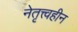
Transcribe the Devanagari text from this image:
नेतृत्त्वहीन